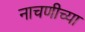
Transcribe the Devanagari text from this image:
नाचणीच्या